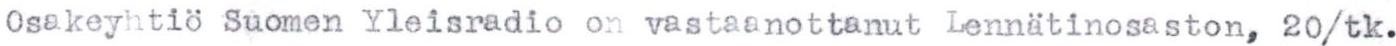
Osakeyhtiö Suomen Yleisradio on vastaanottanut Lennätinosaston, 20/tk.